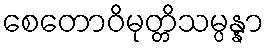
စေတောဝိမုတ္တိသမ္ပန္နာ